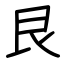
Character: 艮